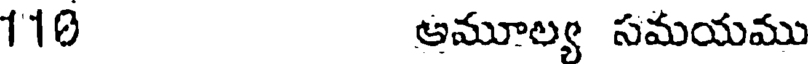
110 అమూల్య సమయము